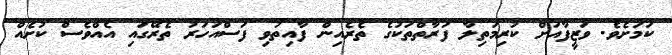
ކަމަށެވެ. ވަޒީފާއަށް ކުރިމަތިލާ ފަރާތްތަކުގެ ތެރެއިން ފާއިތުވި ފަސްއަހަރު ތެރޭގައި އެއްވެސް ކުށެއް